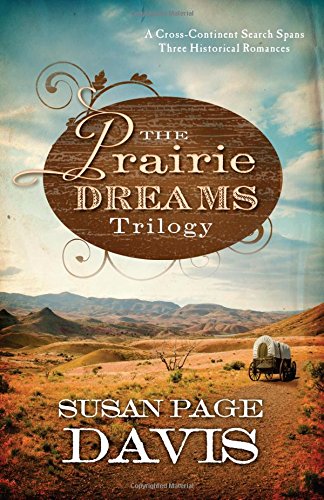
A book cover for Prairie Dreams Trilogy:  A Cross-Continent Search Spans Three Historical Romances; Susan Page Davis; Romance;